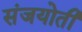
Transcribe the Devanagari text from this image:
संजयोती